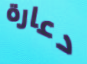
دعارة